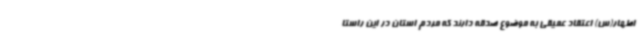
اطهار(س) اعتقاد عمیقی به موضوع صدقه دارند که مردم استان در این راستا